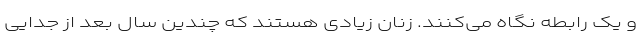
و یک رابطه نگاه می‌کنند. زنان زیادی هستند که چندین سال بعد از جدایی